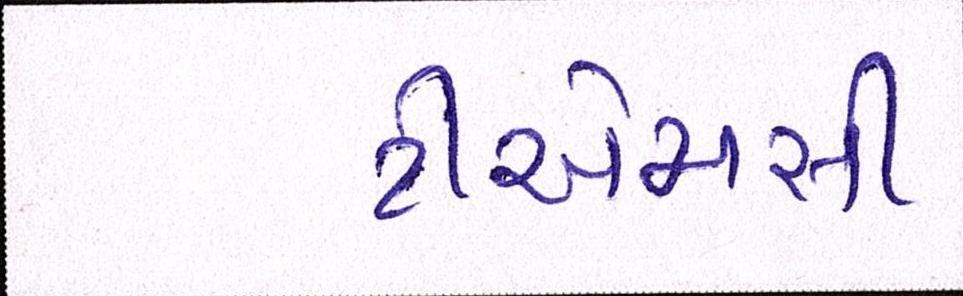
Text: ટીએમસી